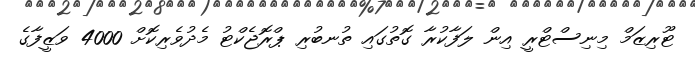
ޓޫރިޒަމް މިނިސްޓްރީ އިން ލަފާކުރާ ގޮތުގައި ތުނބުރި ޕްރޮޖެކްޓު މެދުވެރިކޮށް 4000 ވަޒީފާގެ